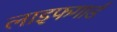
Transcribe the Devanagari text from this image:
लाइफगार्ड